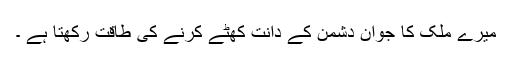
میرے ملک کا جوان دشمن کے دانت کھٹے کرنے کی طاقت رکھتا ہے ۔